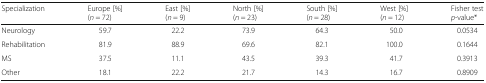
<table><thead><tr><td><b>Specialization</b></td><td><b>Europe [%](<i>n</i> = 72)</b></td><td><b>East [%](<i>n</i> = 9)</b></td><td><b>North [%](<i>n</i> = 23)</b></td><td><b>South [%](<i>n</i> = 28)</b></td><td><b>West [%](<i>n</i> = 12)</b></td><td><b>Fisher test<i>p</i>-value*</b></td></tr></thead><tbody><tr><td>Neurology</td><td>59.7</td><td>22.2</td><td>73.9</td><td>64.3</td><td>50.0</td><td>0.0534</td></tr><tr><td>Rehabilitation</td><td>81.9</td><td>88.9</td><td>69.6</td><td>82.1</td><td>100.0</td><td>0.1644</td></tr><tr><td>MS</td><td>37.5</td><td>11.1</td><td>43.5</td><td>39.3</td><td>41.7</td><td>0.3913</td></tr><tr><td>Other</td><td>18.1</td><td>22.2</td><td>21.7</td><td>14.3</td><td>16.7</td><td>0.8909</td></tr></tbody></table>